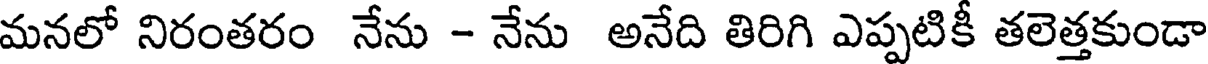
మనలో నిరంతరం నేను - నేను అనేది తిరిగి ఎప్పటికీ తలెత్తకుండా